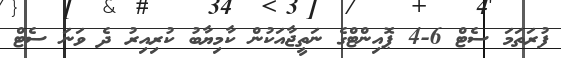
ފުރަތަމަ ސެޓް 6-4 ޕޮއިންޓްގެ ނަތީޖާއަކުން ކާމިޔާބު ކުރިއިރު ދެ ވަނަ ސެޓް